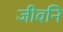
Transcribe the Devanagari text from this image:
जीवनि